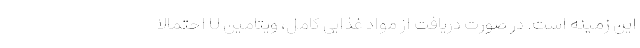
این زمینه است. در صورت دریافت از مواد غذایی کامل، ویتامین U احتمالا